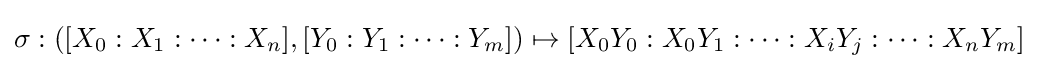
\sigma :([X_{0}:X_{1}:\cdots :X_{n}],[Y_{0}:Y_{1}:\cdots :Y_{m}])\mapsto [X_{0}Y_{0}:X_{0}Y_{1}:\cdots :X_{i}Y_{j}:\cdots :X_{n}Y_{m}]\